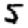
Digit: 5